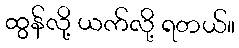
ထွန်လို့ ယက်လို့ ရတယ်။